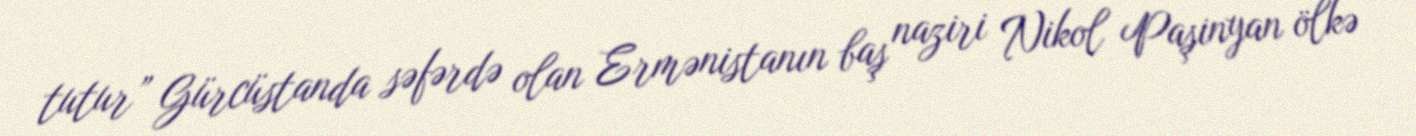
tutur” Gürcüstanda səfərdə olan Ermənistanın baş naziri Nikol Paşinyan ölkə